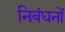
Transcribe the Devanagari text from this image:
निबंधनों